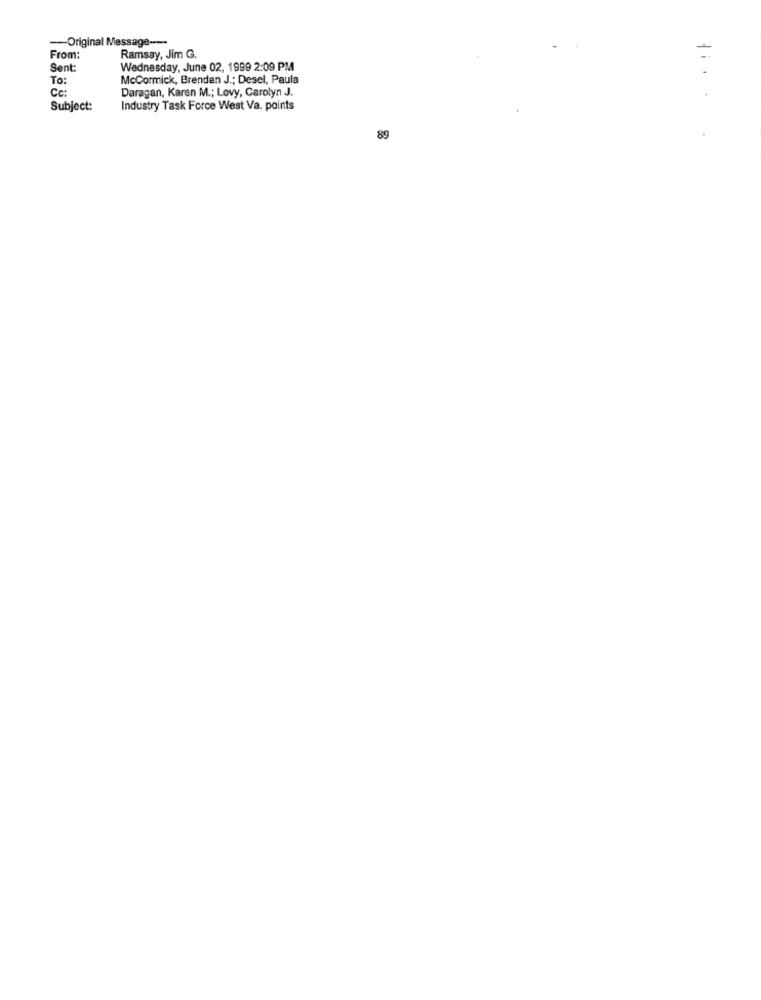
-- Original Message ---
From:
Ramsay, Jim G.
=
Sent:
Wednesday, June 02, 1999 2:09 PM
To:
McCormick, Brendan J .; Desel, Paula
Cc:
Daragan, Karen M .; Levy, Carolyn J.
Subject:
Industry Task Force West Va. points
89